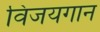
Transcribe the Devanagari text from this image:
विजयगान